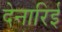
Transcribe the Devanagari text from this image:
देनारिई